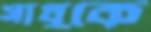
সাধুকে